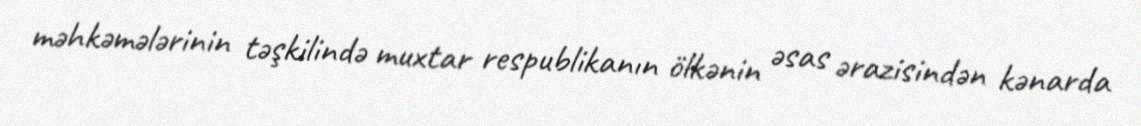
məhkəmələrinin təşkilində muxtar respublikanın ölkənin əsas ərazisindən kənarda